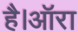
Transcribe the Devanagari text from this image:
है।ऑरा